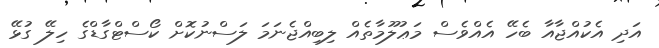
އަދި އެކުއްޖާއާ ބެހޭ އެއްވެސް މަޢުލޫމާތެއް ލިބިއްޖެނަމަ ލަސްނުކޮށް ކޯސްޓްގާޑްގެ ހިލޭ ގުޅޭ